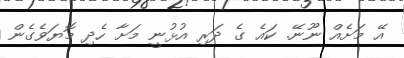
އޭ މަށެއް ނޫނޭ. ކައެ ގެ ދަރި އުޅުނީ މަށާ ހެދި މޮޔަވެގެން